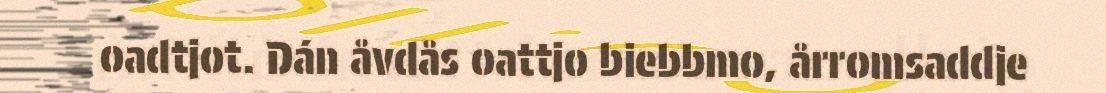
oadtjot. Dán åvdås oattjo biebbmo, årromsaddje